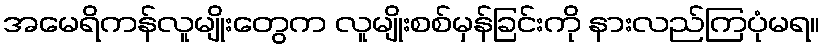
အမေရိကန်လူမျိုးတွေက လူမျိုးစစ်မှန်ခြင်းကို နားလည်ကြပုံမရ။